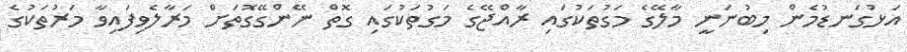
އަޅުގަނޑުމެން މިބުނަނީ މާލޭގެ މަގުތަކުގައި ރާއްޖޭގެ މަގުތަކުގައި ގޮތް ނޭންގޭގޮތަށް މަރާލެވިފައިވާ މަރުތަކުގެ